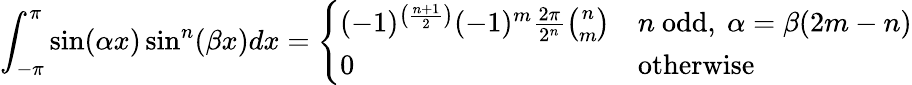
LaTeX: \int_{-\pi}^{\pi}\sin(\alpha x)\sin^{n}(\beta x)dx={\left\{ \begin{array}{ll}{(-1)^{\left({\frac{n+1}{2}}\right)}(-1)^{m}{\frac{2\pi}{2^{n}}}{\binom{n}{m}}}&{n{\mathrm{~odd}},\ \alpha=\beta(2m-n)}\\ {0}&{{\mathrm{otherwise}}}\end{array}\right.}